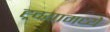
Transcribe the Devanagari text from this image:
ह्र्दयामध्ये